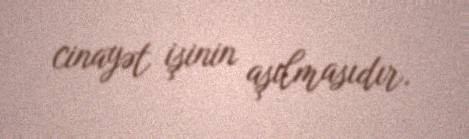
cinayət işinin aşılmasıdır.